Tartu_linnavalitsus, lk 21
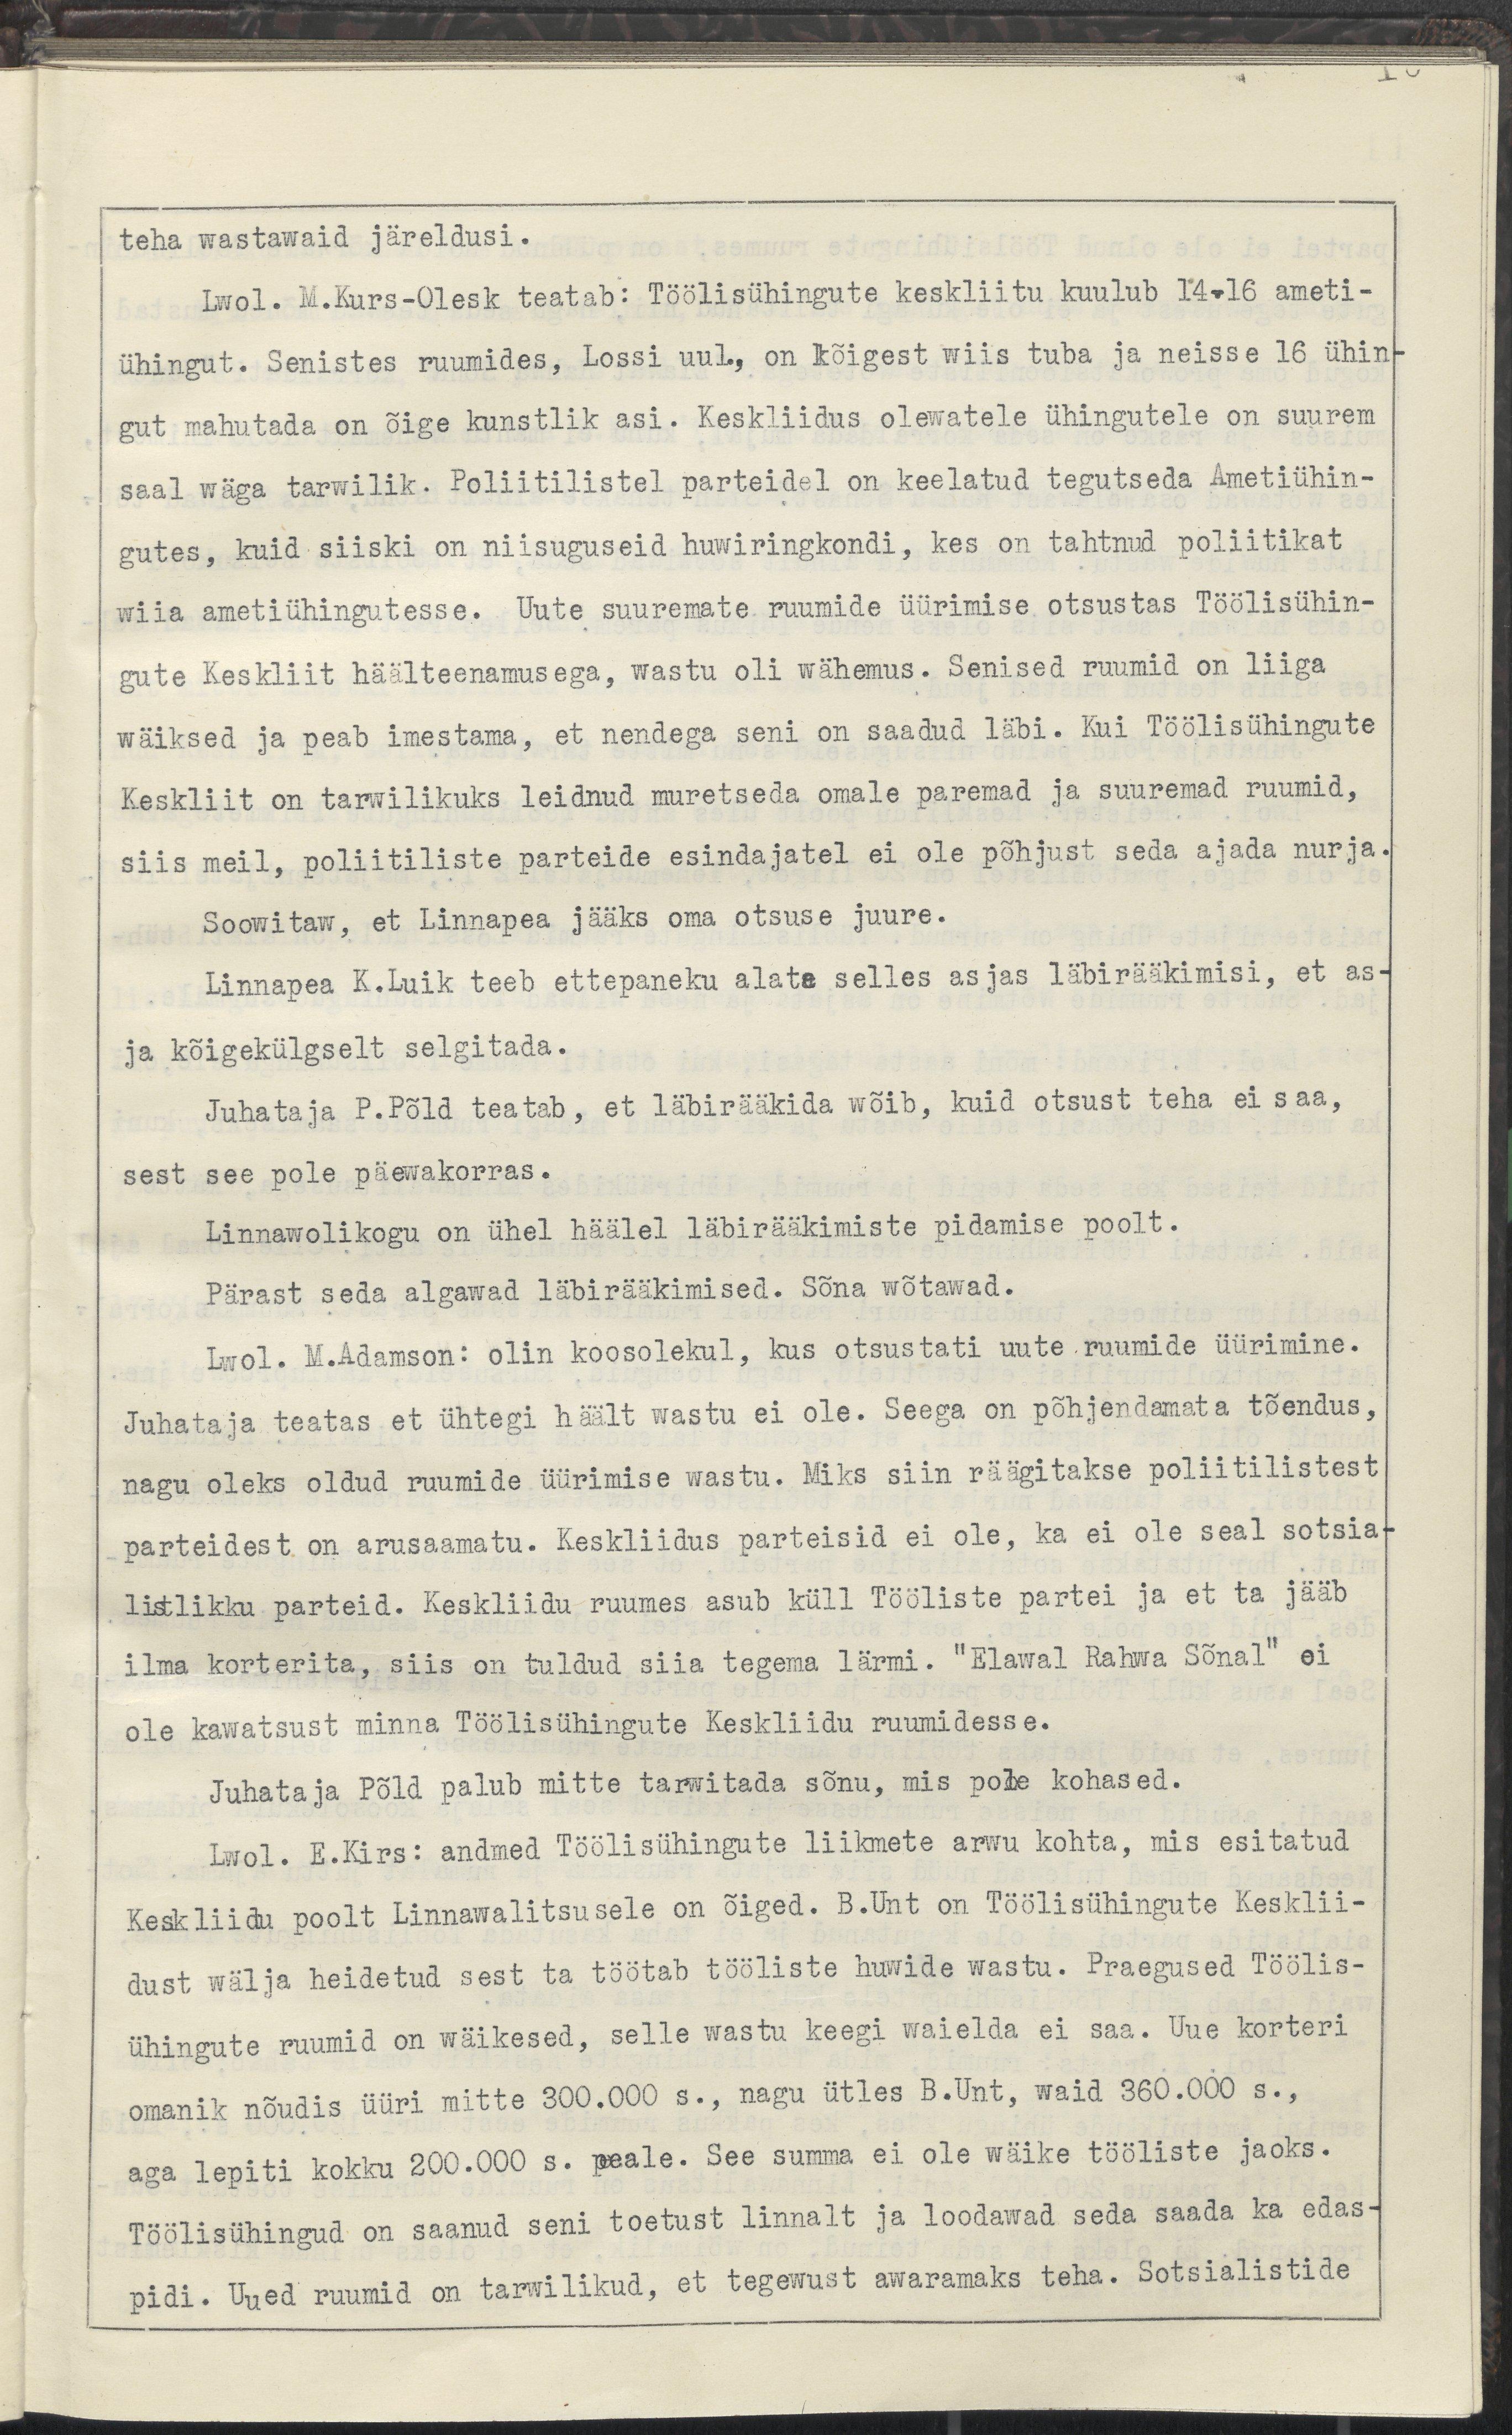
teha wastawaid järeldusi.
Lwol. M.Kurs-Olesk teatab: Töölisühingute keskliitu kuulub 14-16 ameti-
ühingut. Senistes ruumides, Lossi uul, on kõigest wiis tuba ja neisse 16 ühin-
gut mahutada on õige kunstlik asi. Keskliidus olewatele ühingutele on suurem
saal wäga tarwilik. Poliitilistel parteidel on keelatud tegutseda Ametiühin-
gutes, kuid siiski on niisuguseid huwiringkondi, kes on tahtnud poliitikat
wiia ametiühingutesse. Uute suuremate ruumide üürimise otsustas Töölisühin-
gute Keskliit häälteenamusega, wastu oli wähemus. Senised ruumid on liiga
wäiksed ja peab imestama, et nendega seni on saadud läbi. Kui Töölisühingute
Keskliit on tarwilikuks leidnud muretseda omale paremad ja suuremad ruumid,
siis meil, poliitilistel parteide esindajatel ei ole põhjust seda ajada nurja.
Soowitaw, et Linnapea jääks oma otsuse juure.
Linnapea K.Luik teeb ettepaneku alata selles asjas läbirääkimisi, et as-
ja kõigekülgsekt selgitada. 
Juhataja P.Põld teatab, et läbirääkida wõib, kuid otsust teha ei saa,
sest see pole päewakorras.
Linnawolikogu on ühe häälel läbirääkimiste pidamise poolt.
Pärast seda algawad läbirääkimised. Sõna wõtawad.
Lwol. M.Adamson: olin koosolekul, kus otsustati uute ruumide üürimine.
Juhataja teatas, et ühtegi häält wastu ei ole. Seega on põhjendamata tõendus,
nagu oleks oldud ruumide üürimise wastu. Miks siin räägitakse poliitilistest
parteidest on arusaamatu. Keskliidus parteisid ei ole, ka ei ole seal sotsia-
listlikku parteid. Keskliidu ruumes asub küll Tööliste partei ja et ta jääb
ilma korterita, siis on tuldud siia tegema lärmi. "Elawal Rahwa Sõnal" ei
ole kawatsust minna töölisühingute Keskliidu ruumidesse. 
Juhataja Põld palub mitte tarwitada sõnu, mis pole kohased.
Lwol. E.Kirs: Andmed Töölisühingute liikmete arwu kohta, mis esitatud
Keskliidu poolt Linnawalitsusele on õiged. B.Unt on Töölisühingute Kesklii-
dust wälja heidetud sest ta töötab tööliste huwide wastu. Praegused Töölis-
ühingute ruumid on wäikesed, selle wastu keegi waielda ei saa. Uue korteri
omanik nõudis üüri mitte 300.000 s., nagu ütles B.Unt, waid 360.000 s.,
aga lepiti kokku 200.000 s. peale. See summa ei ole wäike tööliste jaoks.
Töölisühingud on saanud seni toetust linnalt ja loodawad seda saada ka edas-
pidi. Uued ruumid on tarwilikud, et tegewust awaramaks teha. Sotsialistide